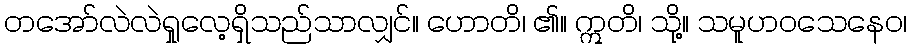
တအော်လဲလဲရှုလေ့ရှိသည်သာလျှင်။ ဟောတိ၊ ၏။ ဣတိ၊ သို့။ သမူဟဝသေနေဝ၊